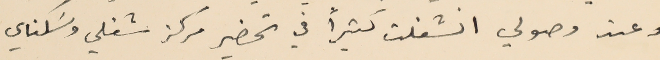
وعند وصولي انشغلت كثيرًا في تحضير مركز شغلي وسَكناي